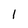
Character: 1